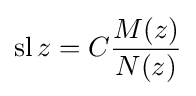
\operatorname {sl} z=C{\frac {M(z)}{N(z)}}